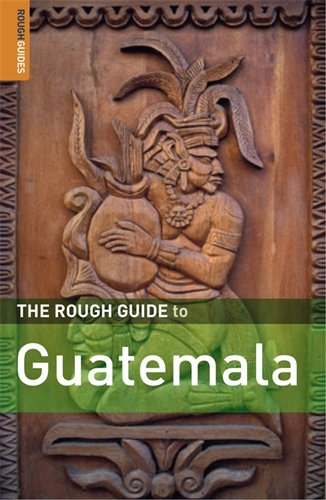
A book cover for The Rough Guide to Guatemala 4 (Rough Guide Travel Guides); Iain Stewart; Travel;